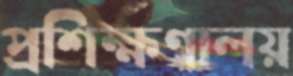
প্রশিক্ষণালয়